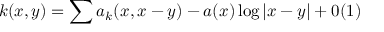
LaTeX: k ( x , y ) = \sum a _ { k } ( x , x - y ) - a ( x ) \log \vert x - y \vert + 0 ( 1 )